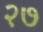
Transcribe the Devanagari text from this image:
२७